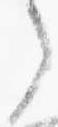
之